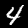
Digit: 4